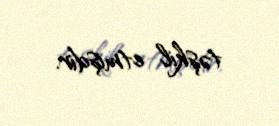
təşkil etmişdir.